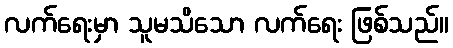
လက်ရေးမှာ သူမသိသော လက်ရေး ဖြစ်သည်။